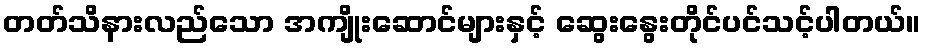
တတ်သိနားလည်သော အကျိုးဆောင်များနှင့် ဆွေးနွေးတိုင်ပင်သင့်ပါတယ်။